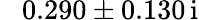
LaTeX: \hphantom{-}0.290\pm 0.130\, \mathrm{i}